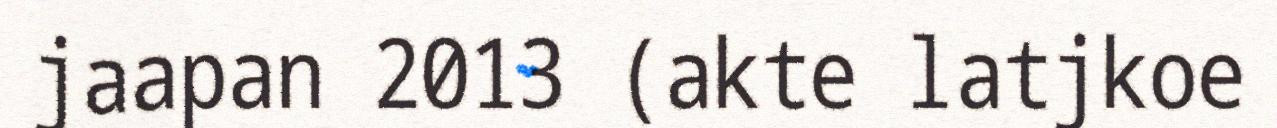
jaapan 2013 (akte latjkoe